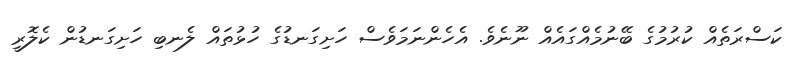
ކަސްރަތެއް ކުރުމުގެ ބޭނުމެއްގައެއް ނޫނެވެ. އެހެންނަމަވެސް ހަށިގަނޑުގެ ހުޅުތައް ލެނބި ހަށިގަނޑުން ކެލޮރީ